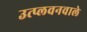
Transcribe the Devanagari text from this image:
उत्प्लवनवाले